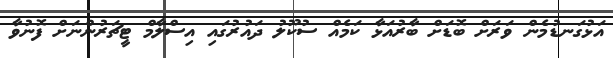
އަޅުގަނޑުމެން ވަރަށް ބޮޑަށް ބާރުއަޅާ ކަމެއް ސުކޫލު ދައުރުގައި އިސްލާމް ޓީޗަރުންނަށް ފޮނުވާ